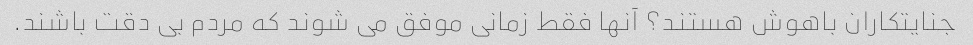
جنایتکاران باهوش هستند؟ آنها فقط زمانی موفق می شوند که مردم بی دقت باشند.